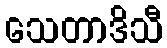
သေတာဒိသီ